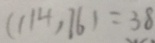
( 1 1 4 , 7 6 ) = 3 8